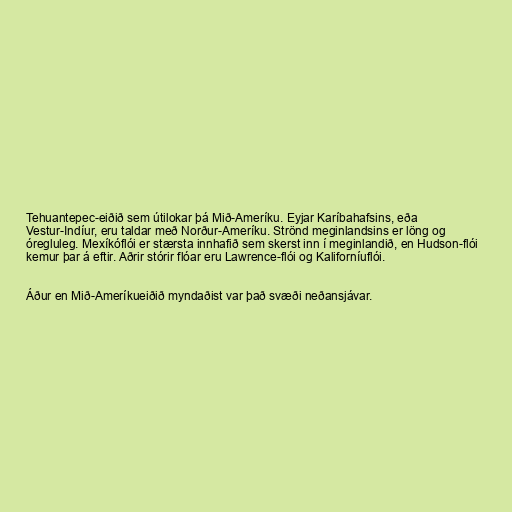
Tehuantepec-eiðið sem útilokar þá Mið-Ameríku. Eyjar Karíbahafsins, eða
Vestur-Indíur, eru taldar með Norður-Ameríku. Strönd meginlandsins er löng og
óregluleg. Mexíkóflói er stærsta innhafið sem skerst inn í meginlandið, en Hudson-flói
kemur þar á eftir. Aðrir stórir flóar eru Lawrence-flói og Kaliforníuflói.

Áður en Mið-Ameríkueiðið myndaðist var það svæði neðansjávar.